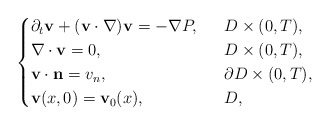
\begin{align*}\begin{cases}\partial_t\mathbf{v}+(\mathbf{v}\cdot \nabla)\mathbf{v}=-\nabla P,\ \ &D\times (0,T),\\\nabla\cdot \mathbf{v}=0,\ \ &D\times (0,T),\\\mathbf{v}\cdot \mathbf{n}=v_n,\ \ &\partial D\times (0,T),\\\mathbf{v}(x, 0)=\mathbf{v}_0(x), \ \ &D,\end{cases}\end{align*}